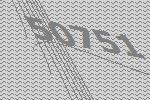
50751